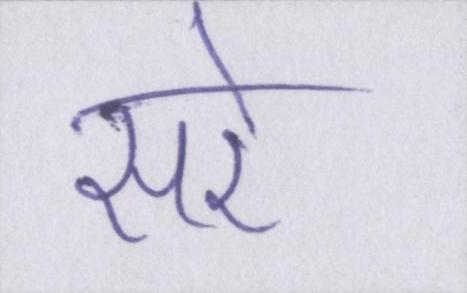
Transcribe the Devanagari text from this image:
सरे